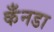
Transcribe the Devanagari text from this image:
कँनडा